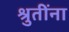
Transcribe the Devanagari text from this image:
श्रुतींना